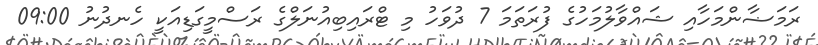
ރަމަޟާންމަހާއި ޝައްވާލުމަހުގެ ފުރަތަމަ 7 ދުވަހު މި ޓްރައިބިއުނަލްގެ ރަސްމީގަޑިއަކީ ހެނދުނު 09:00